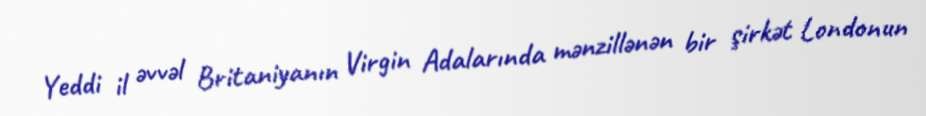
Yeddi il əvvəl Britaniyanın Virgin Adalarında mənzillənən bir şirkət Londonun